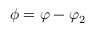
\phi = \varphi - \varphi _ { 2 }